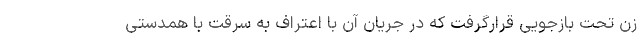
زن تحت بازجویی قرارگرفت که در جریان آن با اعتراف به سرقت با همدستی